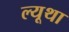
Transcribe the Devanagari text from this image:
ल्यूथा